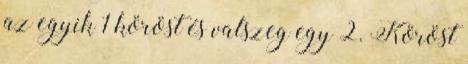
az egyik 1 köröst és valszeg egy 2. Köröst